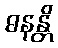
ဓနန္တိ